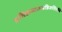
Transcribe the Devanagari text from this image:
प्रतिष्ठामातन्वन्निजशिरसि